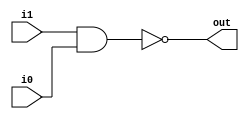
module Nand(output out, input i1, input i0);
  //declaring temps
  wire i1_and_i0;
  //modelling the circuit
  and(i1_and_i0, i1, i0);
  not(out,i1_and_i0);
endmodule